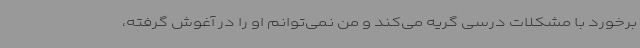
برخورد با مشکلات درسی گریه می‌کند و من نمی‌توانم او را در آغوش گرفته،